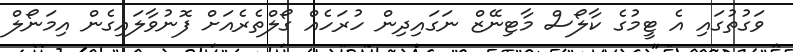
ވަގުތުގައި އެ ޓީމުގެ ކާލޯސް މާޓިނޭޒް ނަގައިދިން ހުރަހެއް ގޯލްތެރެއަށް ފޮނުވާލައިގެން އިމަނޯލް